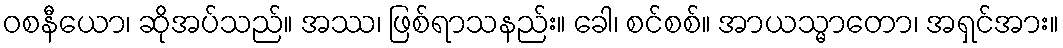
ဝစနီယော၊ ဆိုအပ်သည်။ အဿ၊ ဖြစ်ရာသနည်း။ ခေါ၊ စင်စစ်။ အာယသ္မာတော၊ အရှင်အား။